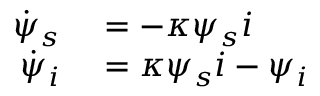
\begin{array} { r l } { \dot { \psi } _ { s } } & { { } = - \kappa \psi _ { s } i } \\ { \dot { \psi } _ { i } } & { { } = \kappa \psi _ { s } i - \psi _ { i } } \end{array}